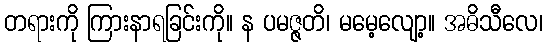
တရားကို ကြားနာရခြင်းကို။ န ပမဇ္ဇတိ၊ မမေ့လျော့။ အဓိသီလေ၊